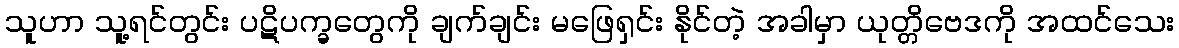
သူဟာ သူ့ရင်တွင်း ပဋိပက္ခတွေကို ချက်ချင်း မဖြေရှင်း နိုင်တဲ့ အခါမှာ ယုတ္တိဗေဒကို အထင်သေး